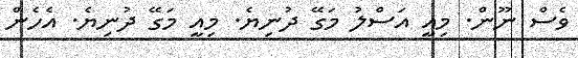
ވެސް ނޫން. މިއީ އަސްލު މަގޭ ދުނިޔެ. މިއީ މަގޭ ދުނިޔެ. އެހެން